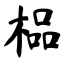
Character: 榀